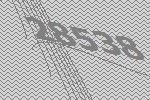
28538